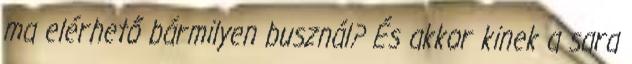
ma elérhető bármilyen busznál? És akkor kinek a sara